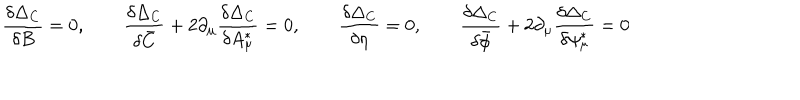
\frac { \delta \Delta _ { \mathrm { C } } } { \delta B } = 0 , \qquad \frac { \delta \Delta _ { \mathrm { C } } } { \delta \bar { C } } + 2 \partial _ { \mu } \frac { \delta \Delta _ { \mathrm { C } } } { \delta A _ { \mu } ^ { * } } = 0 , \qquad \frac { \delta \Delta _ { \mathrm { C } } } { \delta \eta } = 0 , \qquad \frac { \delta \Delta _ { \mathrm { C } } } { \delta \bar { \phi } } + 2 \partial _ { \mu } \frac { \delta \Delta _ { \mathrm { C } } } { \delta \psi _ { \mu } ^ { * } } = 0